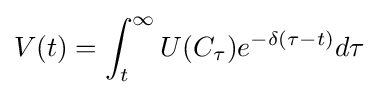
V(t)=\int _{t}^{\infty }U(C_{\tau })e^{-\delta (\tau -t)}d\tau